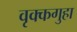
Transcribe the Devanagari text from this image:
वृक्कगुहा